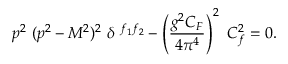
p ^ { 2 } \ ( p ^ { 2 } - M ^ { 2 } ) ^ { 2 } \ \delta \ ^ { f _ { 1 } f _ { 2 } } - \left( \frac { g ^ { 2 } C _ { F } } { 4 \pi ^ { 4 } } \right) ^ { 2 } \ C _ { f } ^ { 2 } = 0 .